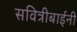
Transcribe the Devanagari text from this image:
सवित्रीबाईंनी